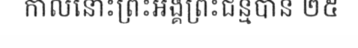
កាលនោះព្រះអង្គព្រះជន្មបាន ២៥